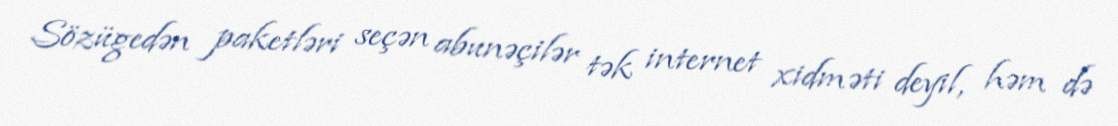
Sözügedən paketləri seçən abunəçilər tək internet xidməti deyil, həm də